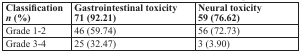
<table><thead><tr><td><b>Classification <i>n</i> (%)</b></td><td><b>Gastrointestinal toxicity 71 (92.21)</b></td><td><b>Neural toxicity 59 (76.62)</b></td></tr></thead><tbody><tr><td>Grade 1-2</td><td>46 (59.74)</td><td>56 (72.73)</td></tr><tr><td>Grade 3-4</td><td>25 (32.47)</td><td>3 (3.90)</td></tr></tbody></table>